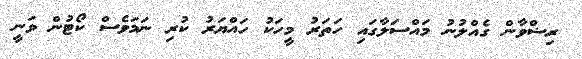
ރިޟްވާން ގެއްލުނު މައްސަލާގައި ހަތަރު މީހަކު ހައްޔަރު ކުރި ނަމަވެސް ކޯޓުން ވަނީ